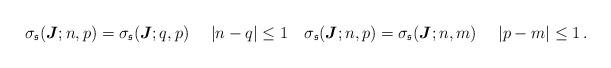
LaTeX: \begin{align*}\sigma_\mathfrak{s}(\boldsymbol{J};n,p)=\sigma_\mathfrak{s}(\boldsymbol{J};q,p) \quad\ |n-q|\leq 1 \quad\sigma_\mathfrak{s}(\boldsymbol{J};n,p)=\sigma_\mathfrak{s}(\boldsymbol{J};n,m) \quad\ |p-m|\leq 1\,.\end{align*}